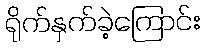
ရိုက်နှက်ခဲ့ကြောင်း